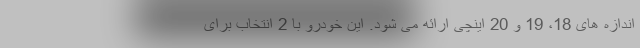
اندازه های 18، 19 و 20 اینچی ارائه می شود. این خودرو با 2 انتخاب برای